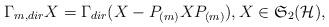
LaTeX: \begin{align*}\Gamma_{m, dir}X=\Gamma_{dir}(X-P_{(m)}XP_{(m)}), X\in\mathfrak{S}_2(\mathcal{H}),\end{align*}